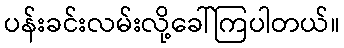
ပန်းခင်းလမ်းလို့ခေါ်ကြပါတယ်။